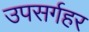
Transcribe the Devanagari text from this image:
उपसर्गहर